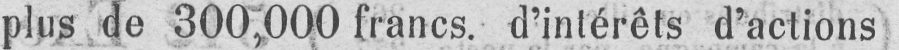
plus de 300,000 francs, d’intérêts d’actions